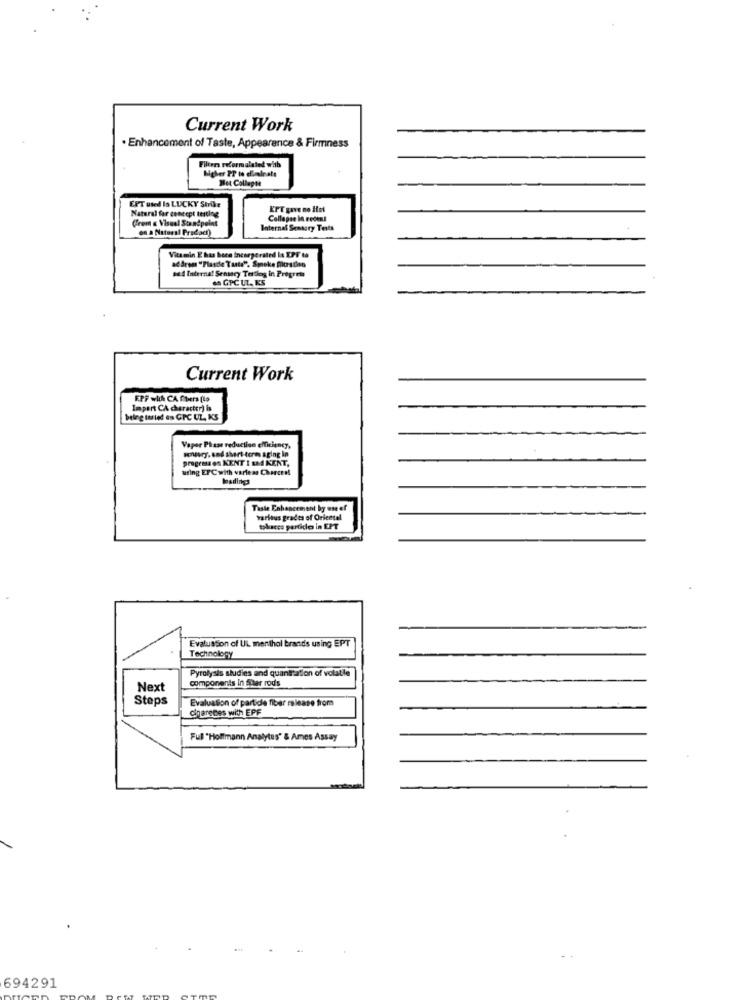
Current Work
Enhancement of Taste, Appearance & Firmness
Filters reformulated with
Mgher PP to eleminate
Het Collapse
EPT used Is LUCKY Strike
Natural far concept testing
(Frem & Visual Standpoint
Collapse In recent
on a Natural Pracach)
Internal Semsory Tests
Vitamin E has been Incorporated la EPT ta
adarem "Plastle Taste", Smoke Alorsdes
se d Internat Sensory Telflog in Progress
. GPC UL, KS
Current Work
FPF with CA fibers [to
Impart CA character) is
beleg tus led es GPC UL, KS
Vaper Phase reduction efficiency,
sensory. and short-term aging in
progress es KENT I Bad KENT,
uring EFC with varleas Charcen!
losding
Taste Enhancement by use of
various grades of Oriental
tohaces partide in EPT
Evaluation of UL menthol brandis using EPT
Technology
Pyrolysis studies and quantration of volatile
components In fhar rods
Next
Steps
Evaluation of particle fiber release from
cigarettes with EPF
Full "Hoffmann Analytes" & Ames Assay
694291